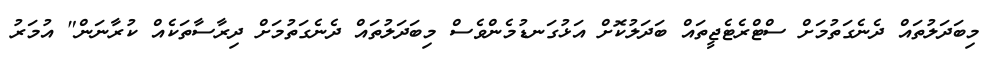
މިބަދަލުތައް ދެނެގަތުމަށް ސްޓްރެޓެޖީތައް ބަދަލުކޮށް އަޅުގަނޑުމެންވެސް މިބަދަލުތައް ދެނެގަތުމަށް ދިރާސާތަކެއް ކުރާނަން" އުމަރު